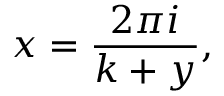
x = { \frac { 2 \pi i } { k + y } } ,